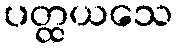
ပတ္ထယသေ